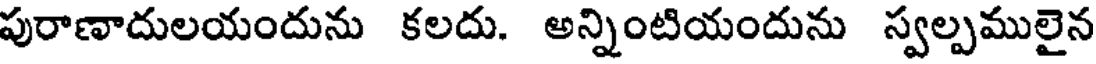
పురాణాదులయందును కలదు. అన్నింటియందును స్వల్పములైన